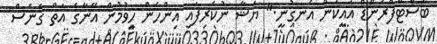
ބެސްޓްފްރެންޑް އައީކަން އެނގުނީ." ޔަޝާ ނުކެރިފައި އިންހެން ހީވުމުން އޭނާގެ އަތް ގެނެސް